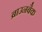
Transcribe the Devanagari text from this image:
ब्राउनबैक